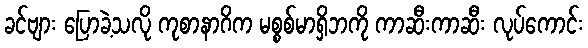
ခင်ဗျား ပြောခဲ့သလို ကုစာနာဂိက မစ္စစ်မာရှိဘကို ကာဆီးကာဆီး လုပ်ကောင်း